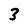
Character: 3